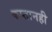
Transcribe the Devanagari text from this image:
कप्तानही